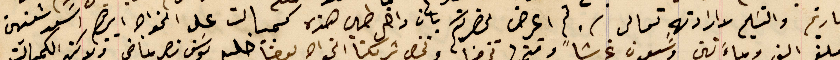
تاريخه والتسَليم لاراداتهِ تعالى. ثم اعرض لحضرتكم بان داخل طي هذه كمبيالت على الخواجه ابرهيم اسعد شعنين